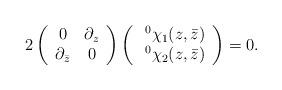
LaTeX: \begin{align*}2\left(\begin{array}{cc}0&\partial_z\\\partial_{\bar{z}}&0\end{array}\right)\left(\begin{array}{c}\;^0\chi_1(z,\bar{z})\\\;^0\chi_2(z,\bar{z})\end{array}\right)=0 .\end{align*}